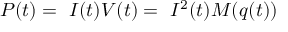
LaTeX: P ( t ) = \ I ( t ) V ( t ) = \ I ^ { 2 } ( t ) M ( q ( t ) )